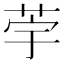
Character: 荢